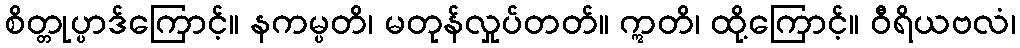
စိတ္တုပ္ပာဒ်ကြောင့်။ နကမ္ပတိ၊ မတုန်လှုပ်တတ်။ ဣတိ၊ ထို့ကြောင့်။ ဝီရိယဗလံ၊